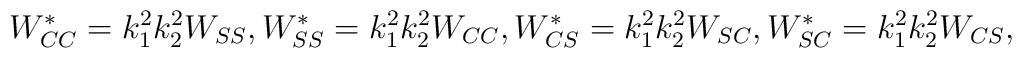
W^*_{CC}= k_1^2k_2^2 W_{SS}, W^*_{SS}= k_1^2k_2^2 W_{CC}, W^*_{CS} = k_1^2k_2^2 W_{SC}, W^*_{SC} =  k_1^2k_2^2 W_{CS},